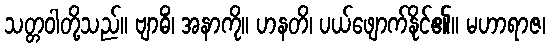
သတ္တဝါတို့သည်။ ဗျာဓိံ၊ အနာကို။ ဟနတိ၊ ပယ်ဖျောက်နိုင်၏။ မဟာရာဇ၊